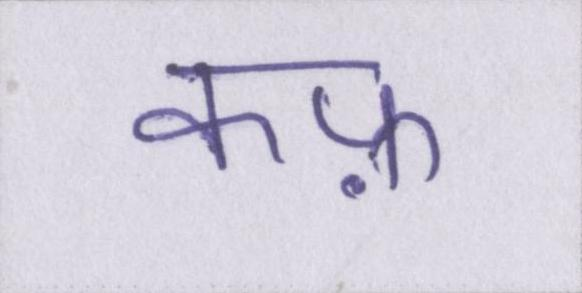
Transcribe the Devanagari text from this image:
कफ़